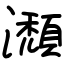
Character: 瀩